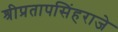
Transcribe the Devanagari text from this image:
श्रीप्रतापसिंहराजे